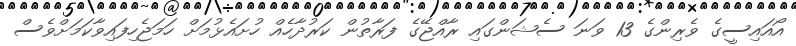
އޯއައިސީގެ ވެރިންގެ 13 ވަނަ ސެޝަންގައި ރާއްޖޭގެ ފަރާތުން ކަރުދާހެއް ހުށައެޅުމަށް ހަމަޖެހިފައިވާކަމަށްވެސް